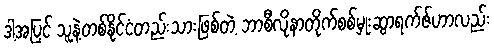
ဒါ့အပြင် သူနဲ့တစ်နိုင်ငံတည်းသားဖြစ်တဲ့ ဘာစီလိုနာတိုက်စစ်မှုးဆွာရက်ဇ်ဟာလည်း